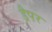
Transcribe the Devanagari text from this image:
ड्रैपर